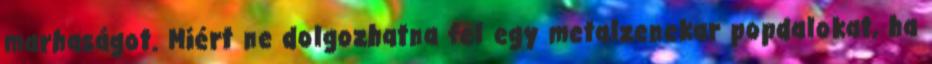
marhaságot. Miért ne dolgozhatna fel egy metalzenekar popdalokat, ha